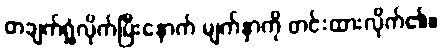
တချက်ရှုံ့လိုက်ပြီးနောက် မျက်နှာကို တင်းထားလိုက်၏။